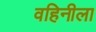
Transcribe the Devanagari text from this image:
वहिनीला